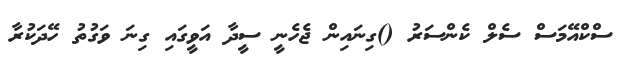
ސްކްއޭމަސް ސެލް ކެންސަރު ()ގިނައިން ޖެހެނީ ސީދާ އަވީގައި ގިނަ ވަގުތު ހޭދަކުރާ